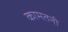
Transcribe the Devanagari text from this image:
कामतनी